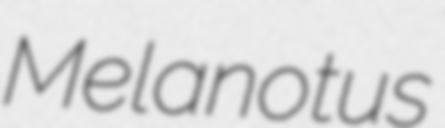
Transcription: Melanotus